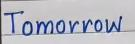
Tomorrow